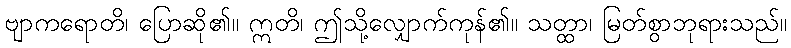
ဗျာကရောတိ၊ ပြောဆို၏။ ဣတိ၊ ဤသို့လျှောက်ကုန်၏။ သတ္ထာ၊ မြတ်စွာဘုရားသည်။